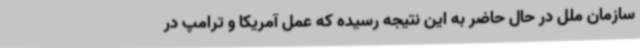
سازمان ملل در حال حاضر به این نتیجه رسیده که عمل آمریکا و ترامپ در